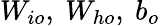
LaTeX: W_{io},~W_{ho},~b_{o}